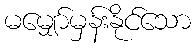
မမျှော်မှန်းနိုင်သော